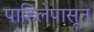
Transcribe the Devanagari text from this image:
पाहिलेपासून